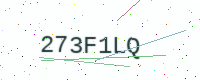
Text: 273F1LQ